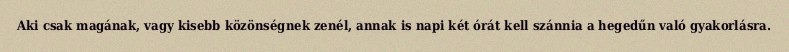
Aki csak magának, vagy kisebb közönségnek zenél, annak is napi két órát kell szánnia a hegedűn való gyakorlásra.